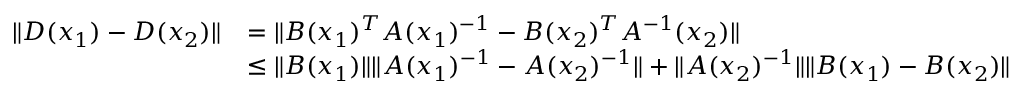
\begin{array} { r l } { \| D ( x _ { 1 } ) - D ( x _ { 2 } ) \| } & { = \| B ( x _ { 1 } ) ^ { T } A ( x _ { 1 } ) ^ { - 1 } - B ( x _ { 2 } ) ^ { T } A ^ { - 1 } ( x _ { 2 } ) \| } \\ & { \leq \| B ( x _ { 1 } ) \| \| A ( x _ { 1 } ) ^ { - 1 } - A ( x _ { 2 } ) ^ { - 1 } \| + \| A ( x _ { 2 } ) ^ { - 1 } \| \| B ( x _ { 1 } ) - B ( x _ { 2 } ) \| } \end{array}